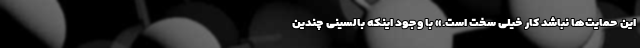
این حمایت‌ها نباشد کار خیلی سخت است.» با وجود اینکه بالسینی چندین